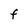
Character: f